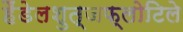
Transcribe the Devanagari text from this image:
हैंडेलशुत्जफ्लोटिले